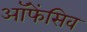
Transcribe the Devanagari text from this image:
ऑफेंसिव